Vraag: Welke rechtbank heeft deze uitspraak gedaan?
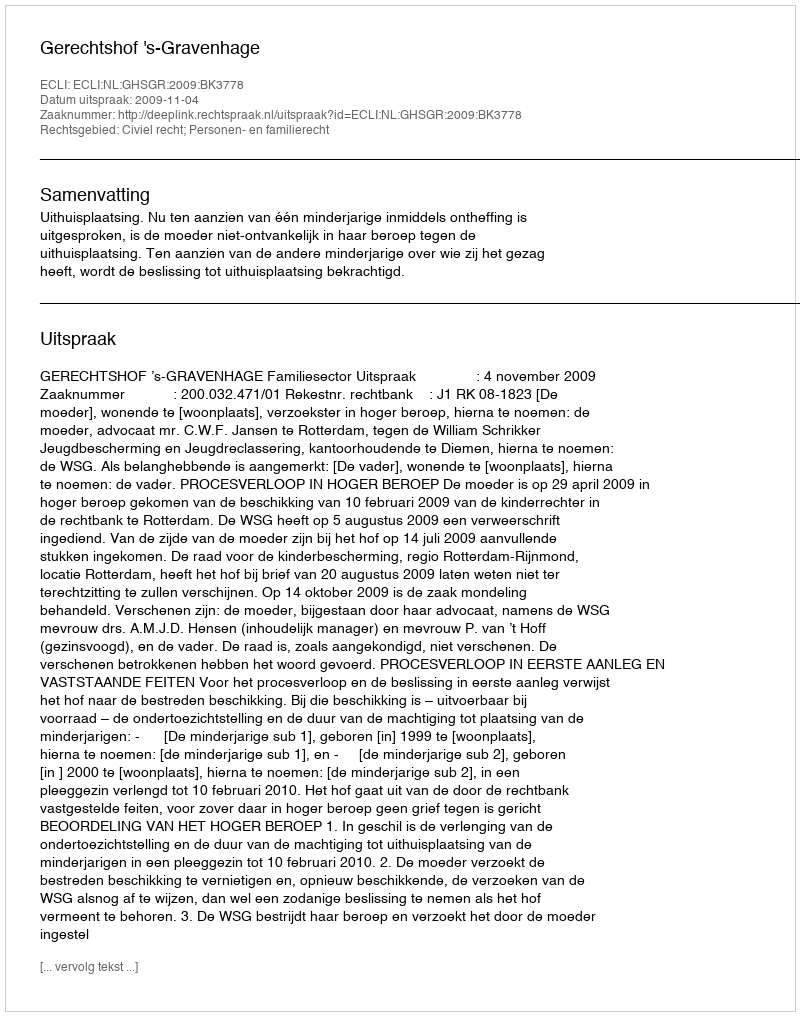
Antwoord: Gerechtshof 's-Gravenhage